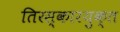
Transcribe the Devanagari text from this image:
तिरस्कारयुक्त